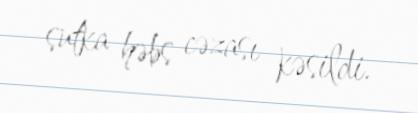
sutka həbs cəzası kəsildi.